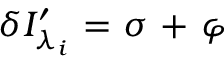
\delta { { I } _ { { \lambda _ { i } } } ^ { \prime } } \mathrm { ~ = ~ } \sigma \mathrm { ~ + ~ } \varphi